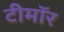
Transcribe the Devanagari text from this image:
टीमॉर